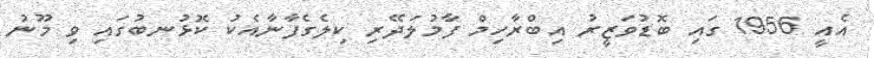
އެއީ 1956 ގައި ބޮޑުވަޒީރު އިބްރާހިމް ފާމުލަދޭރި ކިލެގެފާނާއެކު ކޮޅުނބުގައި ވި މޫނު